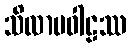
သိလာပဝါဠဿ